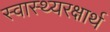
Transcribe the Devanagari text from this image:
स्वास्थ्यरक्षार्थ